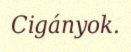
Cigányok.